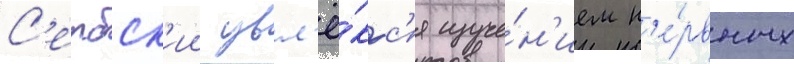
С'ербск'ии увл'ё́кс'я изуче́н'ием н'е́рвных